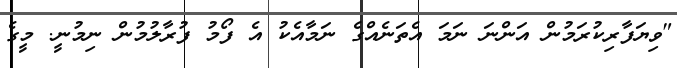
"ވިޔަފާރިކުރަމުން އަންނަ ނަމަ އެތަނެއްގެ ނަމާއެކު އެ ފޯމު ފުރާލުމުން ނިމުނީ. މީގެ